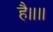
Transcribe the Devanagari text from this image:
है॥॥